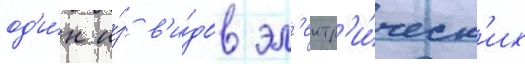
од'и́н и́з в'и́дов эл'ектр'и́ческ'их